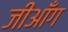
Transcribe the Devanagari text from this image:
जीआँग